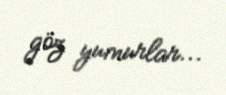
göz yumurlar...